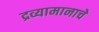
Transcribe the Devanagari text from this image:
द्रव्यामानाचे